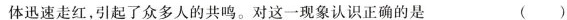
体迅速走红，引起了众多人的共鸣。对这一现象认识正确的是 ()